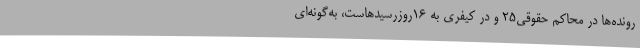
رونده‌ها در محاکم حقوقی25 و در کیفری به 16روزرسیدهاست، به‌گونه‌ای